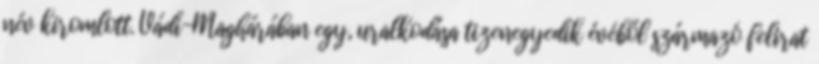
név kiromlott. Vádi-Maghárában egy, uralkodása tizenegyedik évéből származó felirat